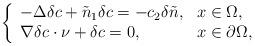
LaTeX: \begin{align*}\left\{\begin{array}{ll}-\Delta \delta c+\tilde{n}_{1}\delta c =-c_{2}\delta\tilde{n}, &x\in\Omega,\\\nabla \delta c\cdot \nu+\delta c=0, &x\in\partial\Omega,\end{array}\right.\end{align*}